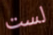
لست